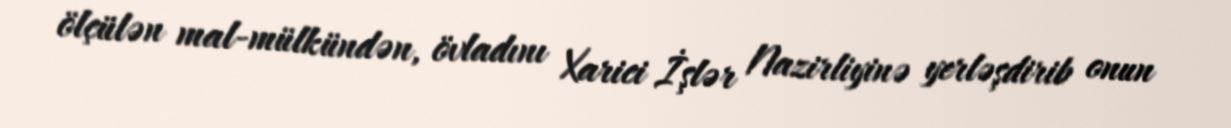
ölçülən mal-mülkündən, övladını Xarici İşlər Nazirliyinə yerləşdirib onun